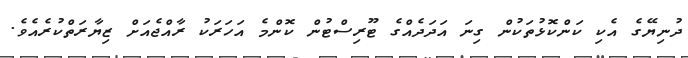
ދުނިޔޭގެ އެކި ކަންކޮޅުތަކުން ގިނަ އަދަދެއްގެ ޓޫރިސްޓުން ކޮންމެ އަހަރަކު ރާއްޖެއަށް ޒިޔާރަތްކުރެއެވެ.